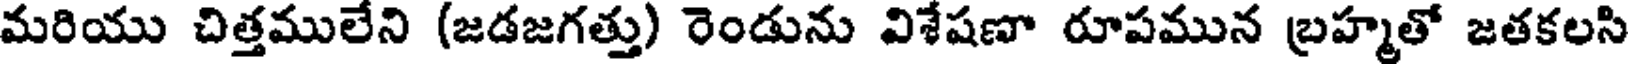
మరియు చిత్తములేని (జడజగత్తు) రెండును విశేషణా రూపమున బ్రహ్మతో జతకలసి